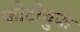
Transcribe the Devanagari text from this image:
फोटोबुक